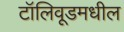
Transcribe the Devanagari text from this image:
टॉलिवूडमधील